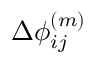
\Delta \phi _ { i j } ^ { ( m ) }